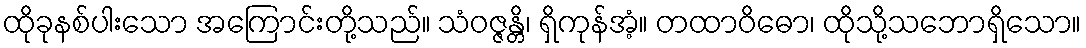
ထိုခုနစ်ပါးသော အကြောင်းတို့သည်။ သံဝဇ္ဇန္တိ၊ ရှိကုန်အံ့။ တထာဝိဓော၊ ထိုသို့သဘောရှိသော။